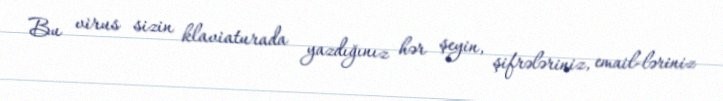
Bu virus sizin klaviaturada yazdığınız hər şeyin, şifrələriniz, email-ləriniz